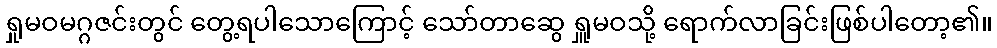
ရှုမဝမဂ္ဂဇင်းတွင် တွေ့ရပါသောကြောင့် သော်တာဆွေ ရှူမဝသို့ ရောက်လာခြင်းဖြစ်ပါတော့၏။